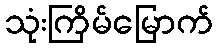
သုံးကြိမ်မြောက်